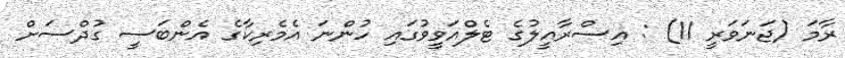
ރާމަ (ޖަނަވަރީ 11) : އިސްރާއީލުގެ ޓެލްއަވީވުގައި ހުންނަ އެމެރިކާގެ އެންބަސީ ގުދްސަށް